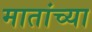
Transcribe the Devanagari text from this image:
मातांच्या